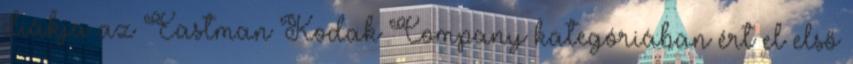
diákja az Eastman Kodak Company kategóriában ért el első